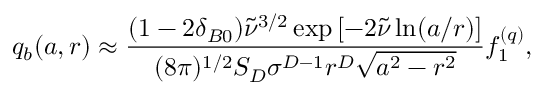
q _ { b } ( a , r ) \approx \frac { ( 1 - 2 \delta _ { B 0 } ) \tilde { \nu } ^ { 3 / 2 } \exp \left[ - 2 \tilde { \nu } \ln ( a / r ) \right] } { ( 8 \pi ) ^ { 1 / 2 } S _ { D } \sigma ^ { D - 1 } r ^ { D } \sqrt { a ^ { 2 } - r ^ { 2 } } } f _ { 1 } ^ { ( q ) } ,